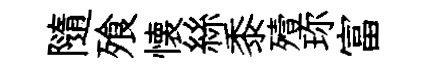
隨飱懐絲黍殪珎富